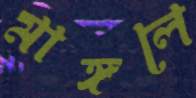
মাঙ্গলে